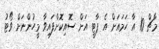
މާޗް 10 އާ ހަމައަށް އެ ޕާޓީ އަށް ސޮއިކޮށްފައިވާ މީހުންނަށް ވޯޓު